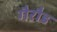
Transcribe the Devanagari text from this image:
गैरौड